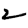
Digit: 2